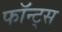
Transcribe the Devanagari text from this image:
फॉन्‍ट्स